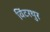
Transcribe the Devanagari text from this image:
विंटरथुर